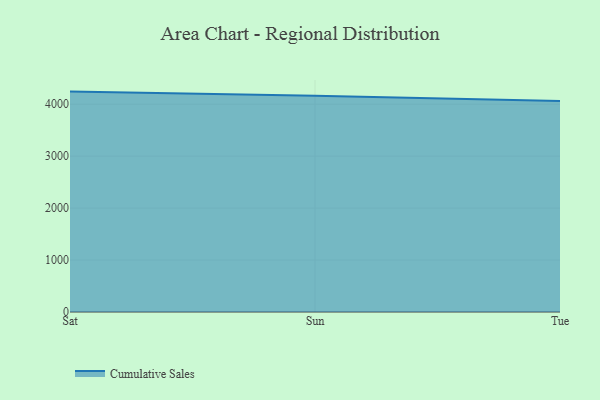
{"axis": {"x": "Day", "y": "Satisfaction Score"}, "legend": ["Cumulative Sales"], "data": [{"x": "Sat", "y": 4242.4, "type": "Cumulative Sales"}, {"x": "Sun", "y": 4163.2, "type": "Cumulative Sales"}, {"x": "Tue", "y": 4062.5, "type": "Cumulative Sales"}]}